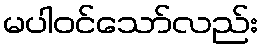
မပါဝင်သော်လည်း